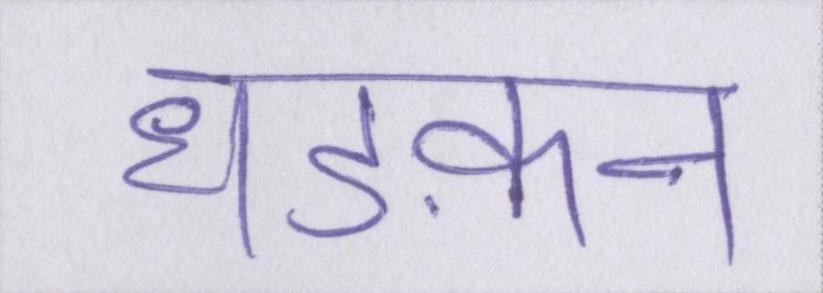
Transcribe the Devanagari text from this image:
धड़कन